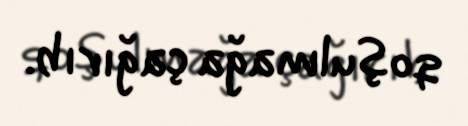
qoşulmağa çağırıb.